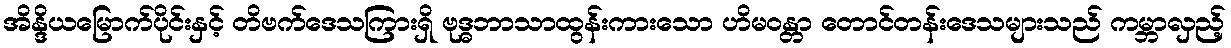
အိန္ဒိယမြောက်ပိုင်းနှင့် တိဗက်ဒေသကြားရှိ ဗုဒ္ဓဘာသာထွန်းကားသော ဟိမဝန္တာ တောင်တန်းဒေသများသည် ကမ္ဘာလှည့်